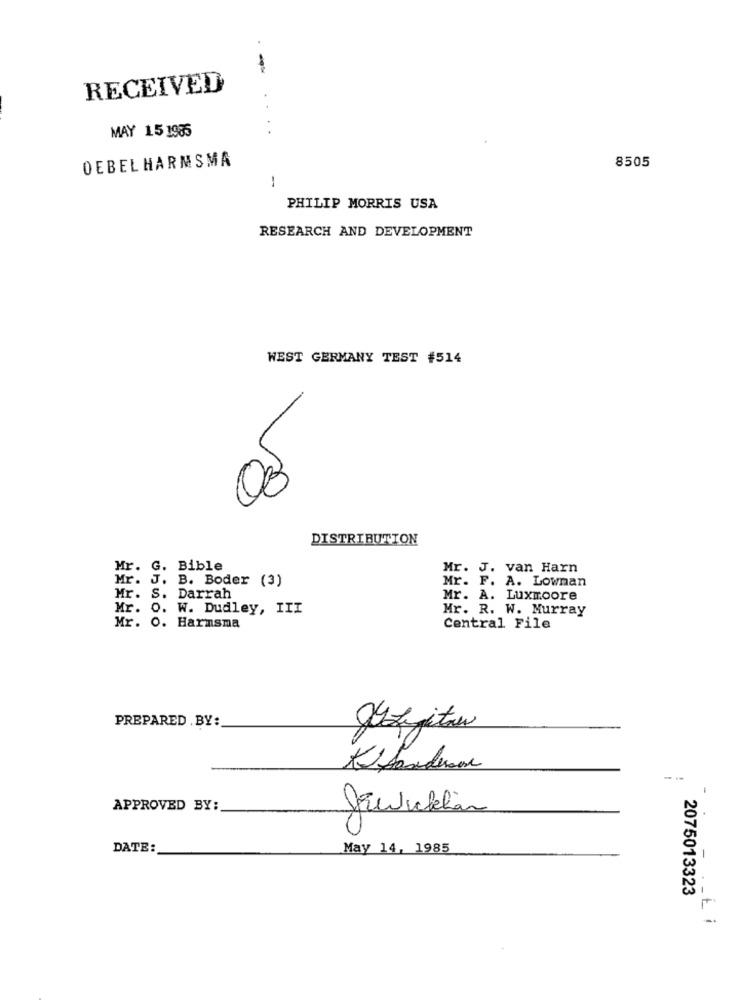
RECEIVED
MAY 15 1985
DEBEL HARMSMA
8505
-
PHILIP MORRIS USA
RESEARCH AND DEVELOPMENT
WEST GERMANY TEST #514
03
DISTRIBUTION
Mr. G. Bible
Mr. J. van Harn
Mr. J. B. Boder (3)
. F. A. Lownan
Mr. S. Darrah
Mr. A. Luxmoore
Mr. O. W. Dudley, III
Mr. R. W. Murray
Mr. O. Harmsma
Central File
PREPARED . BY:
guzzitow
---
APPROVED BY:
DATE:
May 14, 1985
2075013323
-Li